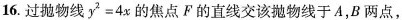
16.过抛物线$$y^{2}=4x$$的焦点F的直线交该抛物线于A，B两点，